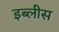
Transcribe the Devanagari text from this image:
इब्लीस